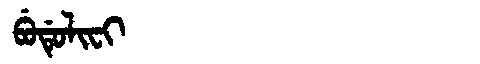
Manchu: ᠪᡠᡩᡠᠯᡳᠸᡳ
Romanization: BUDULIFI